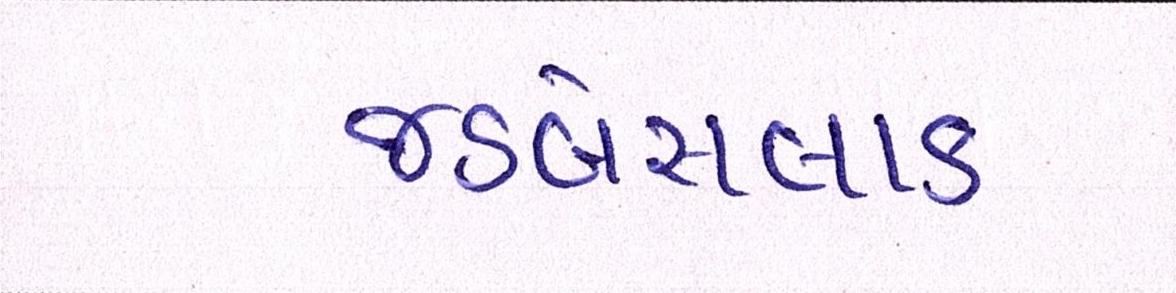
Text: જડબેસલાક